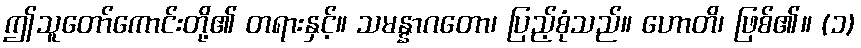
ဤသူတော်ကောင်းတို့၏ တရားနှင့်။ သမန္နာဂတော၊ ပြည့်စုံသည်။ ဟောတိ၊ ဖြစ်၏။ (၁)